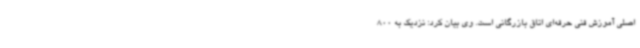
اصلی آموزش فنی حرفه‌ای اتاق بازرگانی است. وی بیان کرد: نزدیک به 800